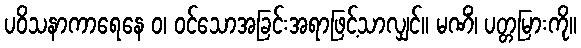
ပဝိသနာကာရေနေ ဝ၊ ဝင်သောအခြင်းအရာဖြင့်သာလျှင်။ မဏိံ၊ ပတ္တမြားကို။